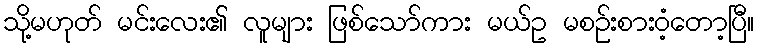
သို့မဟုတ် မင်းလေး၏ လူများ ဖြစ်သော်ကား မယ်ဥ မစဉ်းစားဝံ့တော့ပြီ။